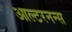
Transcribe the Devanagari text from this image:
आल्टरनन्स